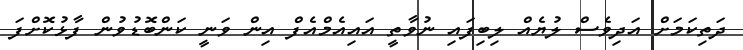
ދަތިކަމަށް އަދިވެސް ލުޔެއް ލިބިފައި ނުވާތީ އައިއެމްއެފް އިން ވަނީ ކަންބޮޑުވުން ފާޅުކޮށްފަ